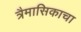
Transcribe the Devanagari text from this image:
त्रैमासिकाचा